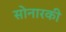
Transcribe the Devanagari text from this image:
सोनारकी